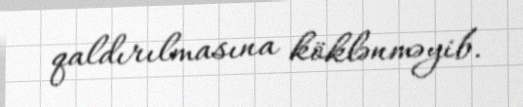
qaldırılmasına köklənməyib.